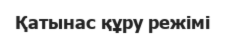
Қатынас құру режімі